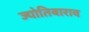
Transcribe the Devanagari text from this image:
ज्योतिबाराव